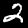
Label: 2